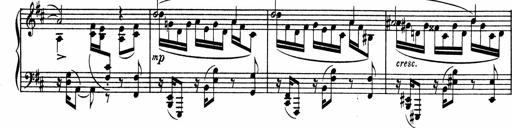
Title: Sonatine pour piano
Composer: Albert Roussel